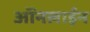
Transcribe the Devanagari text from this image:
ऑंनलाईन